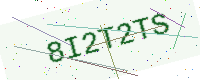
Text: 8I2T2TS